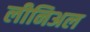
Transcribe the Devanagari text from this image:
लीनिअल